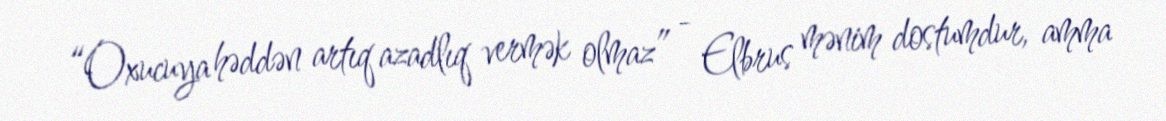
“Oxucuya həddən artıq azadlıq vermək olmaz” - Elbrus mənim dostumdur, amma